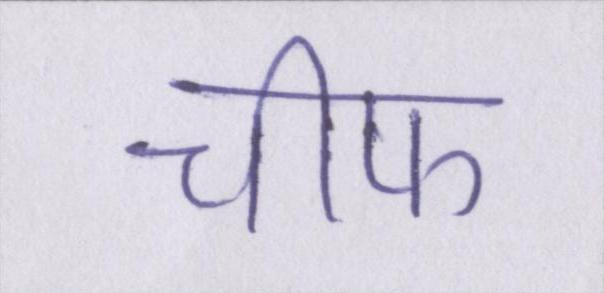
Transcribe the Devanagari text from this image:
चीफ